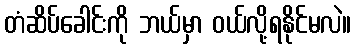
တံဆိပ်ခေါင်းကို ဘယ်မှာ ဝယ်လို့ရနိုင်မလဲ။